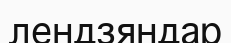
лендзяндар